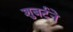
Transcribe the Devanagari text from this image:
शुबर्टने